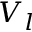
V _ { l }